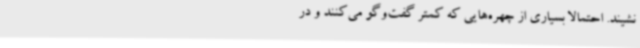
‌نشیند. احتمالا بسیاری از چهره‌هایی که کمتر گفت‌وگو می‌کنند و در